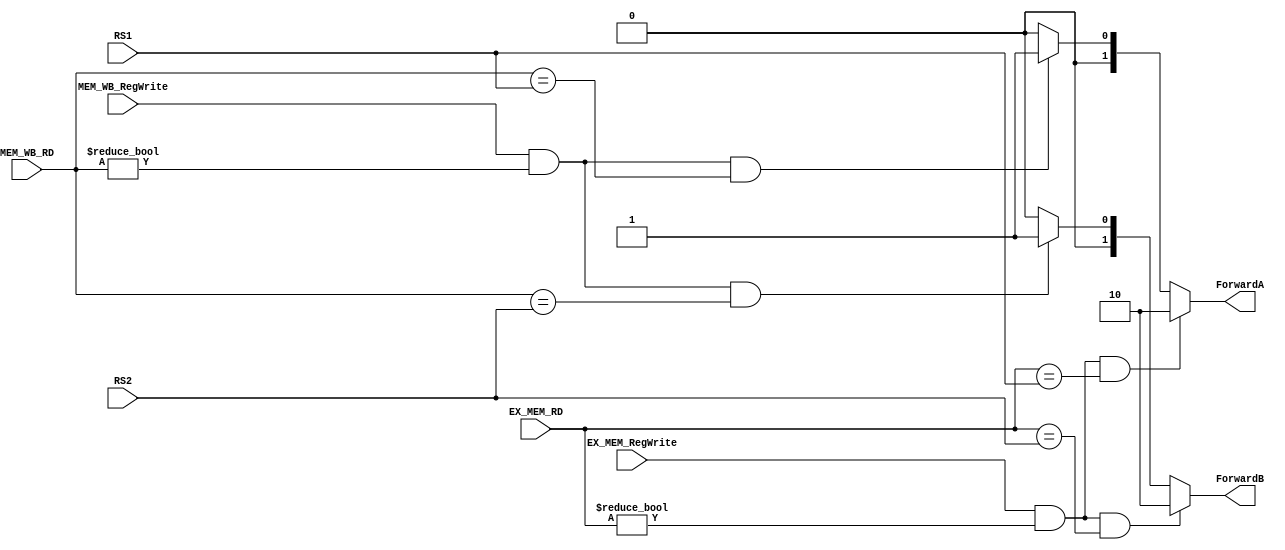
// Pipeline  Data Hazard   
// MEM stage WB stage Regwrite destination reisger 
//   source register   

module FORWARDING_UNIT
(
    input           EX_MEM_RegWrite ,
    input           MEM_WB_RegWrite ,
    input   [4:0]   EX_MEM_RD       ,
    input   [4:0]   MEM_WB_RD       ,
    input   [4:0]   RS1             ,
    input   [4:0]   RS2             ,

    output  [1:0]   ForwardA        ,
    output  [1:0]   ForwardB   
);
    
    reg     [1:0]   ForwardA_r;
    reg     [1:0]   ForwardB_r;
    
    //ForwardA
    always @ (*) 
    begin
        //EX Hazard : RegWrite 1 (R-type & I-type instructions)  , RD x0  , 
        //            MEM stage RD ID stage   RS1   ALU    
        if (EX_MEM_RegWrite && (EX_MEM_RD != 5'd0) && (EX_MEM_RD == RS1)) begin
            ForwardA_r = 2'b10;
        end 
        //MEM Hazard : RegWrite 1 (R-type & I-type instructions)  , RD x0  , 
        //             WB stage RD ID stage   RS1   WB stage WD      
        else if (MEM_WB_RegWrite && (MEM_WB_RD != 5'd0) && (MEM_WB_RD == RS1)) begin
            ForwardA_r = 2'b01;    
        end
        //    RD1 ALU input 
        else begin
            ForwardA_r = 2'b00;
        end
    end

    //ForwardB
    always @ (*) 
    begin
        
        //EX Hazard : RegWrite 1 (R-type & I-type instructions)  , RD x0  , 
        //            MEM stage RD ID stage   RS2   ALU    
        if (EX_MEM_RegWrite && (EX_MEM_RD != 5'd0) && (EX_MEM_RD == RS2)) begin
            ForwardB_r = 2'b10;   
        end
        //MEM Hazard : RegWrite 1 (R-type & I-type instructions)  , RD x0  , 
        //             WB stage RD ID stage   RS2   WB stage WD        
        else if (MEM_WB_RegWrite && (MEM_WB_RD != 5'd0) && (MEM_WB_RD == RS2)) begin
            ForwardB_r = 2'b01;
        end 
        //    RD2 ALU input 
        else begin
            ForwardB_r = 2'b00;
        end
    end

    assign ForwardA = ForwardA_r;
    assign ForwardB = ForwardB_r;

endmodule